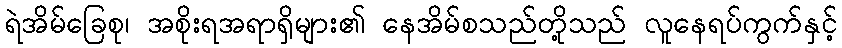
ရဲအိမ်ခြေစု၊ အစိုးရအရာရှိများ၏ နေအိမ်စသည်တို့သည် လူနေရပ်ကွက်နှင့်